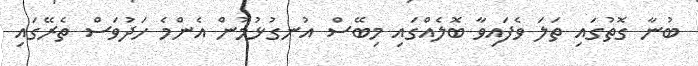
ބުނާ ގޮތުގައި ތަލަ ވެފައިވާ ބޮލެއްގައި މިބޭސް އުނގުޅުމުން އެންމެ ހަދުވަސް ތެރޭގައި